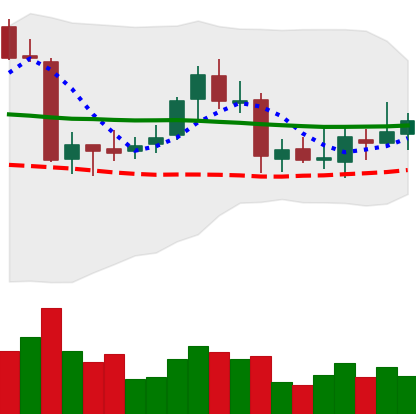
Ticker: ETC-USD
Chart end date: 2018-07-27
Forward return: -8.729%
Label: down_7plus